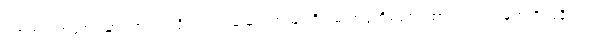
ဂုတ်တွင်းအကျော်မှာ ကားရပ်လိုက်ပါ လမ်းရှင်းတဲ့သုူကို ရှမ်းအဖွဲ့ကိုဆောင်ထားတဲ့ လက်မှတ်ကို ပြခိုင်းပါ။